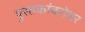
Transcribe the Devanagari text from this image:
पुस्तकांबरोबर